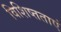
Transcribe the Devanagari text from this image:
विशिष्तताएं